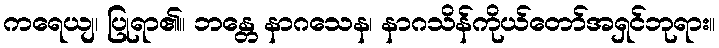
ကရေယျ၊ ပြုရာ၏။ ဘန္တေ နာဂသေန၊ နာဂသိန်ကိုယ်တော်အရှင်ဘုရား။